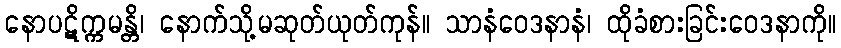
နောပဋိက္ကမန္တိ၊ နောက်သို့မဆုတ်ယုတ်ကုန်။ သာနံဝေဒနာနံ၊ ထိုခံစားခြင်းဝေဒနာကို။